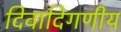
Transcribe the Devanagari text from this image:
दिवादिगणीय